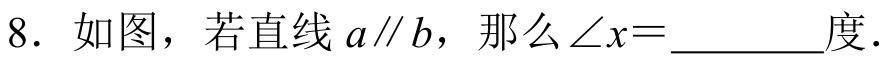
8. 如图，若直线\(a\parallel b\)，那么\(\angle x = \_\_\_\_\_\)度．